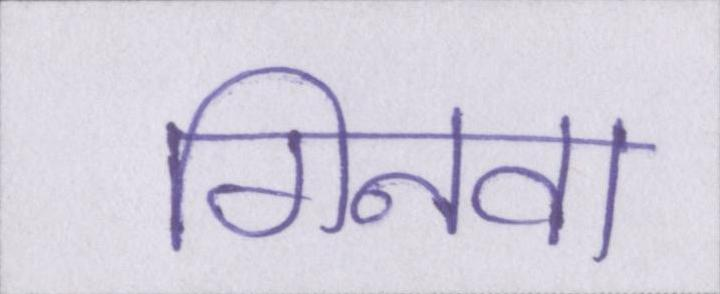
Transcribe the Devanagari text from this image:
गिनवा